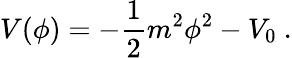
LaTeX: V(\phi)=-{\frac{1}{2}}m^{2}\phi^{2}-V_{0}\ .